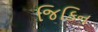
જિકિન